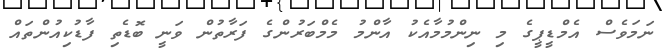
ނަމަވެސް އެމްޑީޕީގެ މި ނިންމުމާއެކު އާންމު މެމްބަރުންގެ ފަރާތުން ވަނީ ބޮޑެތި ފާޑުކިއުންތައް